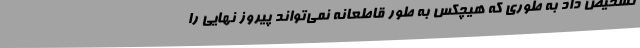
تشخیص داد به طوری که هیچکس به طور قاطعانه نمی‌تواند پیروز نهایی را